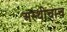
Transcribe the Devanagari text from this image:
अस्थीचाच